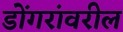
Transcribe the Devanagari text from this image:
डोंगरांवरील